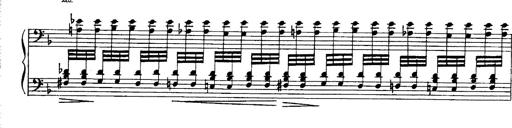
Title: Paraphrase de concert sur Ernani II
Composer: Franz Liszt